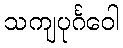
သကျပုင်္ဂဝေါ